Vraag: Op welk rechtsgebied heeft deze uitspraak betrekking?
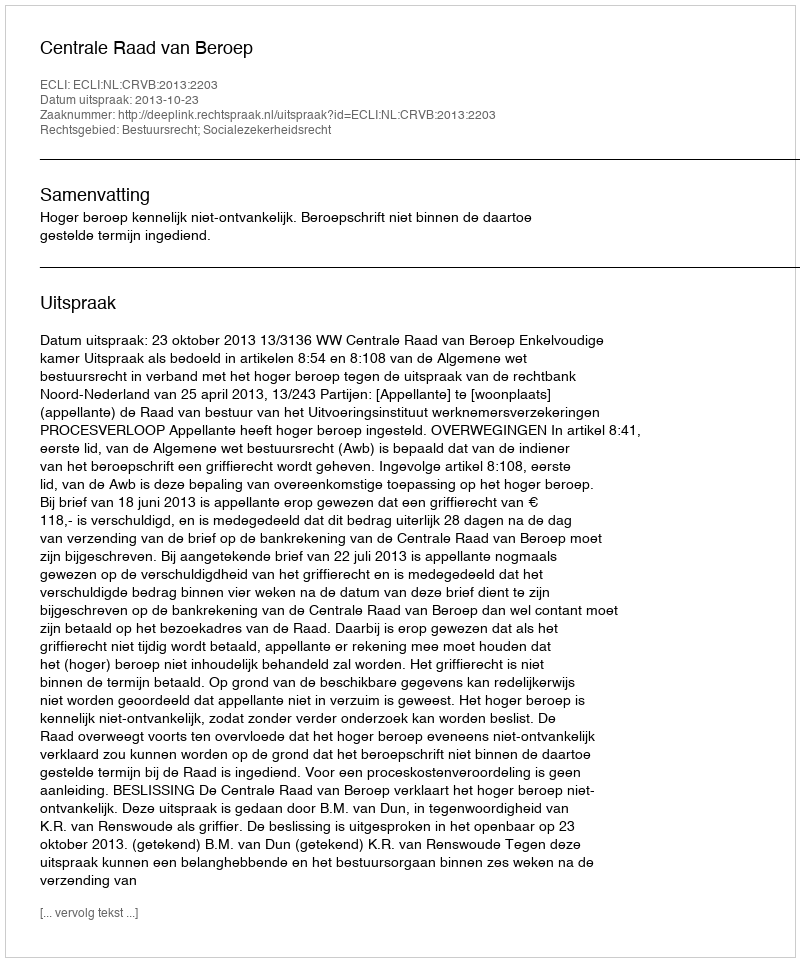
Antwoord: Bestuursrecht; Socialezekerheidsrecht